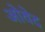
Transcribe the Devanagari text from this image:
ओवेद